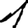
Digit: 1